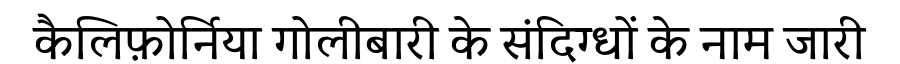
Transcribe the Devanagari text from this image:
कैलिफ़ोर्निया गोलीबारी के संदिग्धों के नाम जारी